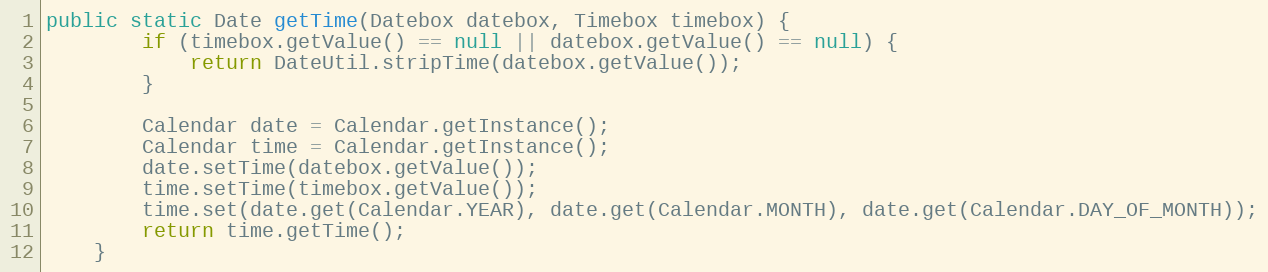
Language: Java
public static Date getTime(Datebox datebox, Timebox timebox) {
        if (timebox.getValue() == null || datebox.getValue() == null) {
            return DateUtil.stripTime(datebox.getValue());
        }

        Calendar date = Calendar.getInstance();
        Calendar time = Calendar.getInstance();
        date.setTime(datebox.getValue());
        time.setTime(timebox.getValue());
        time.set(date.get(Calendar.YEAR), date.get(Calendar.MONTH), date.get(Calendar.DAY_OF_MONTH));
        return time.getTime();
    }